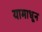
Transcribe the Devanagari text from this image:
यामाधून